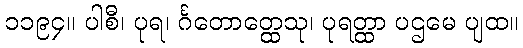
၁၁၉၄။ ပါစီ၊ ပုရ၊ င်္ဂတောတ္ထေသု၊ ပုရတ္ထာ ပဌမေ ပျထ။